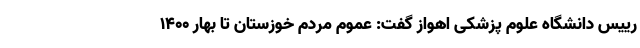
رییس دانشگاه علوم پزشکی اهواز گفت: عموم مردم خوزستان تا بهار ۱۴۰۰